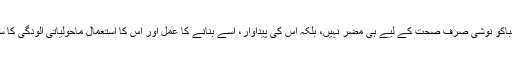
ان کا کہنا ہے کہ تمباکو نوشی صرف صحت کے لیے ہی مضر نہیں، بلکہ اس کی پیداوار، اسے بنانے کا عمل اور اس کا استعمال ماحولیاتی آلودگی کا سبب بھی بن رہا ہے۔